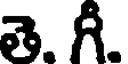
తె. గీ.